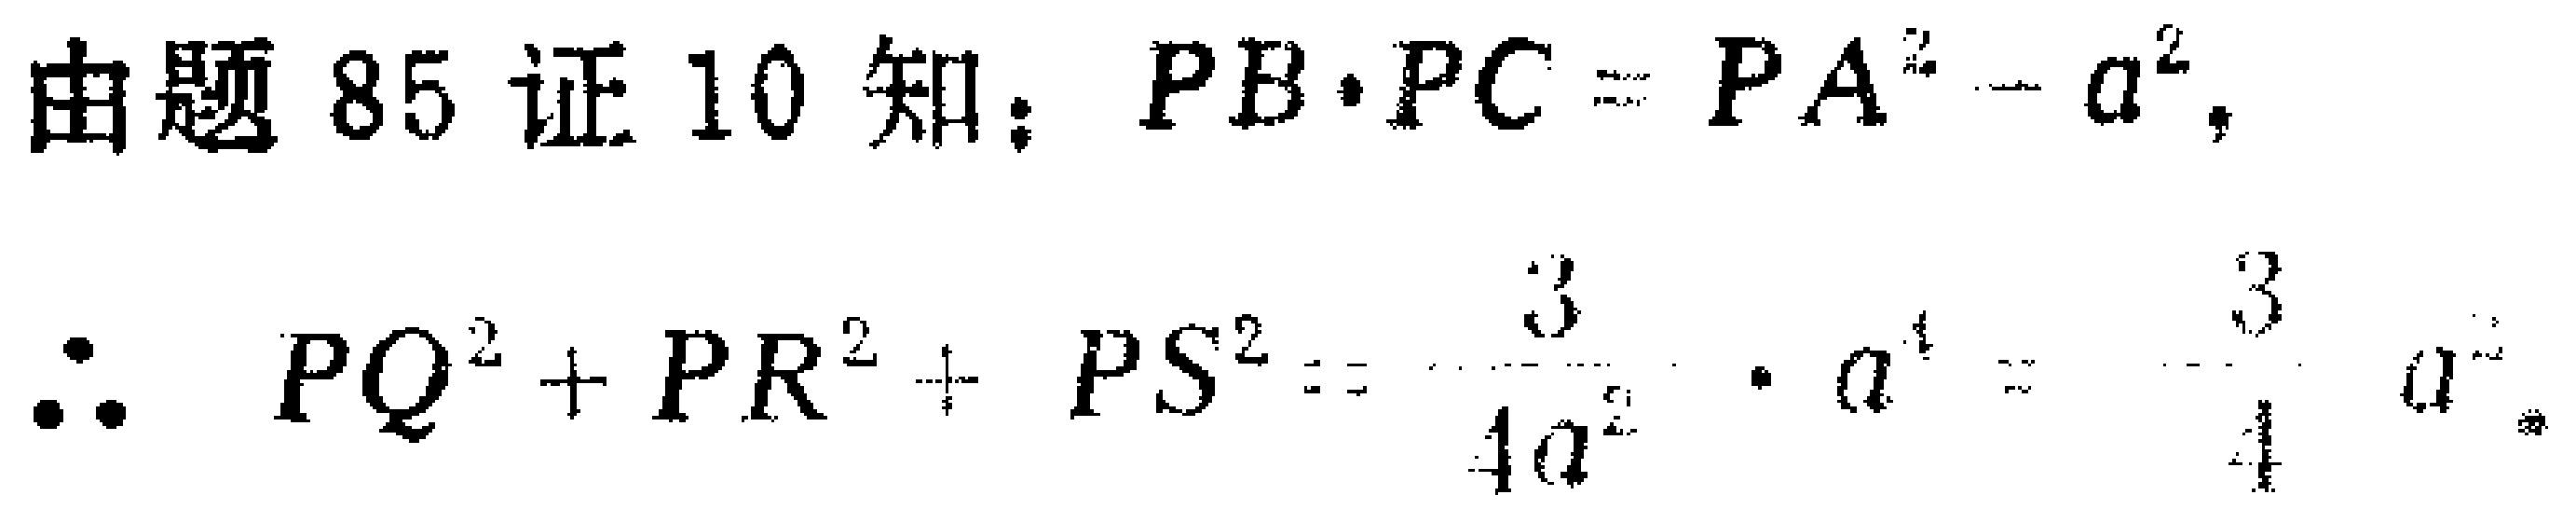
由题 85 证 10 知：\(PB\cdot PC = PA^{2}-a^{2}\)，
\(\therefore PQ^{2}+PR^{2}+PS^{2}=\frac{3}{4a^{2}}\cdot a^{4}=\frac{3}{4}a^{2}\)